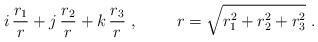
LaTeX: \begin{align*}i \, \frac{r_1}{r} + j \, \frac{r_2}{r} + k \, \frac{r_3}{r}~,~~~~~~~ r=\sqrt{r_1^2+r_2^2+r_3^2}~.\end{align*}